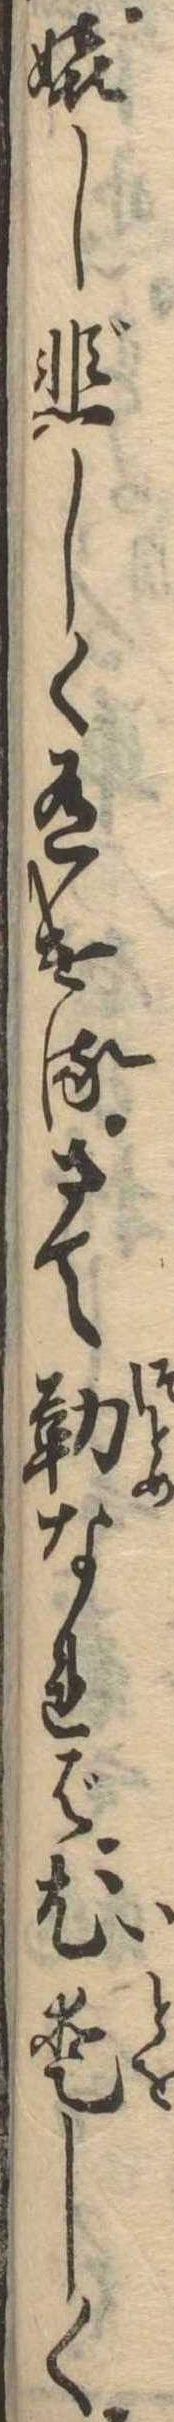
嬉し悲しく有けるさて勤なれば尤愛しく